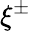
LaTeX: \xi^{\pm}